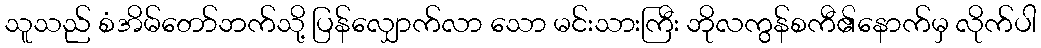
သူသည် စံအိမ်တော်ဘက်သို့ ပြန်လျှောက်လာ သော မင်းသားကြီး ဘိုလကွန်စကီ၏နောက်မှ လိုက်ပါ